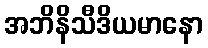
အဘိနိသီဒိယမာနော